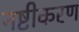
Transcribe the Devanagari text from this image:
नष्टीकरण